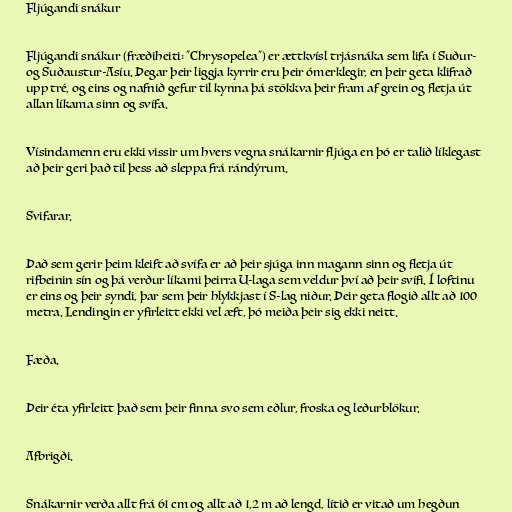
Fljúgandi snákur

Fljúgandi snákur (fræðiheiti: "Chrysopelea") er ættkvísl trjásnáka sem lifa í Suður-
og Suðaustur-Asíu. Þegar þeir liggja kyrrir eru þeir ómerklegir, en þeir geta klifrað
upp tré, og eins og nafnið gefur til kynna þá stökkva þeir fram af grein og fletja út
allan líkama sinn og svífa.

Vísindamenn eru ekki vissir um hvers vegna snákarnir fljúga en þó er talið líklegast
að þeir geri það til þess að sleppa frá rándýrum.

Svifarar.

Það sem gerir þeim kleift að svífa er að þeir sjúga inn magann sinn og fletja út
rifbeinin sín og þá verður líkami þeirra U-laga sem veldur því að þeir svífi. Í loftinu
er eins og þeir syndi, þar sem þeir hlykkjast í S-lag niður. Þeir geta flogið allt að 100
metra. Lendingin er yfirleitt ekki vel æft, þó meiða þeir sig ekki neitt.

Fæða.

Þeir éta yfirleitt það sem þeir finna svo sem eðlur, froska og leðurblökur.

Afbrigði.

Snákarnir verða allt frá 61 cm og allt að 1,2 m að lengd, lítið er vitað um hegðun